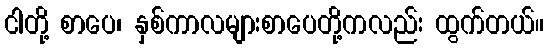
ငါတို့ စာပေ၊ နှစ်ကာလများစာပေတို့ကလည်း ထွက်တယ်။